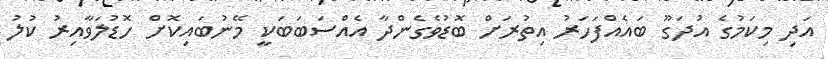
އަދި މިކަމުގެ އުދަގޫ ބައެއްފަހަރު އިތުރަށް ބޮޑުވެގެންދާ އެއްސަބަބަކީ މޭނުބައިކޮށް ހޮޑުލަވާއިރު ކުލު